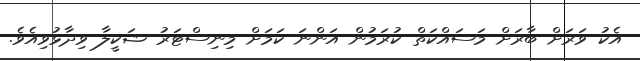
އެކު ވަރަށް ބާރަށް މަސައްކަތް ކުރަމުން އަންނަ ކަމަށް މިނިސްޓަރު ޝަކީލާ ވިދާޅުވިއެވެ.